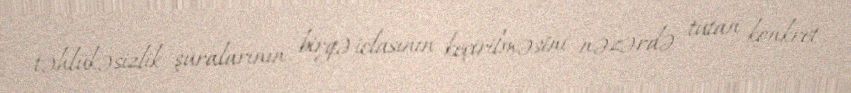
təhlükəsizlik şuralarının birgə iclasının keçirilməsini nəzərdə tutan konkret